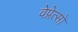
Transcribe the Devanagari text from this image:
वेप्रेत्सो